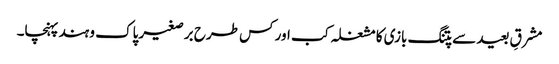
مشرقِ بعید سے پتنگ بازی کا مشغلہ کب اور کس طرح برصغیر پاک و ہند پہنچا۔